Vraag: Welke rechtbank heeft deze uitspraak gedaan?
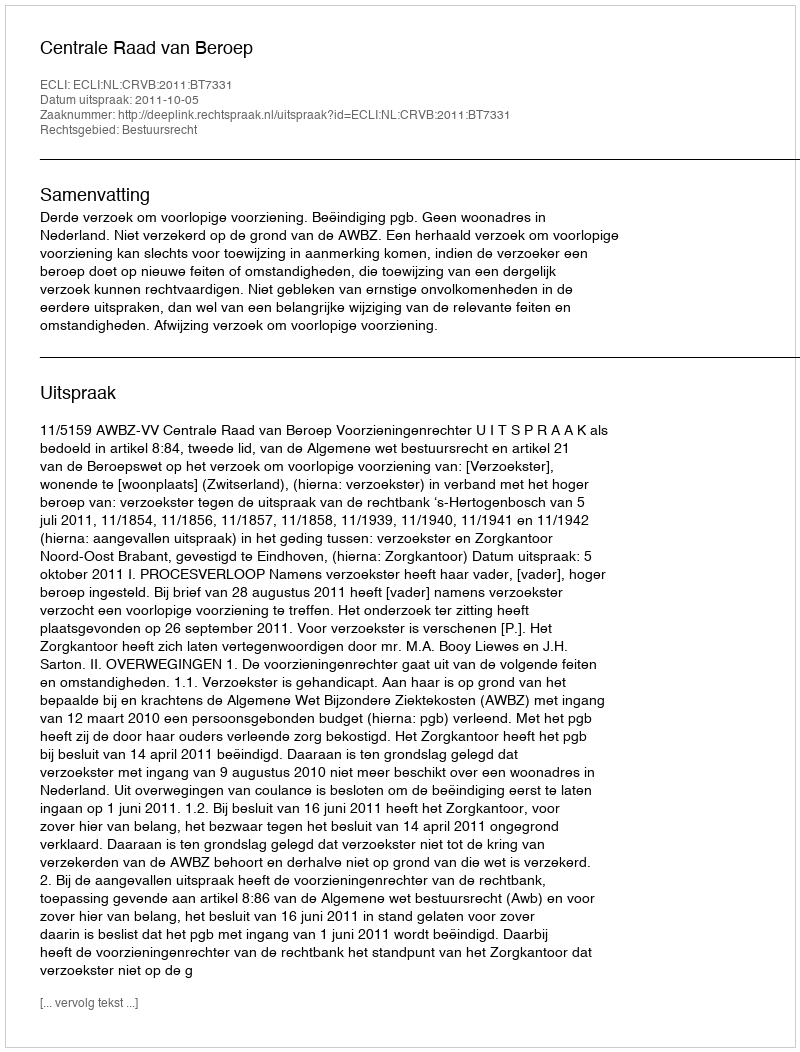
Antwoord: Centrale Raad van Beroep